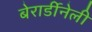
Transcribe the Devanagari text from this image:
बेरार्डीनेली